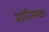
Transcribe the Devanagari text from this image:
प्रारिम्भक